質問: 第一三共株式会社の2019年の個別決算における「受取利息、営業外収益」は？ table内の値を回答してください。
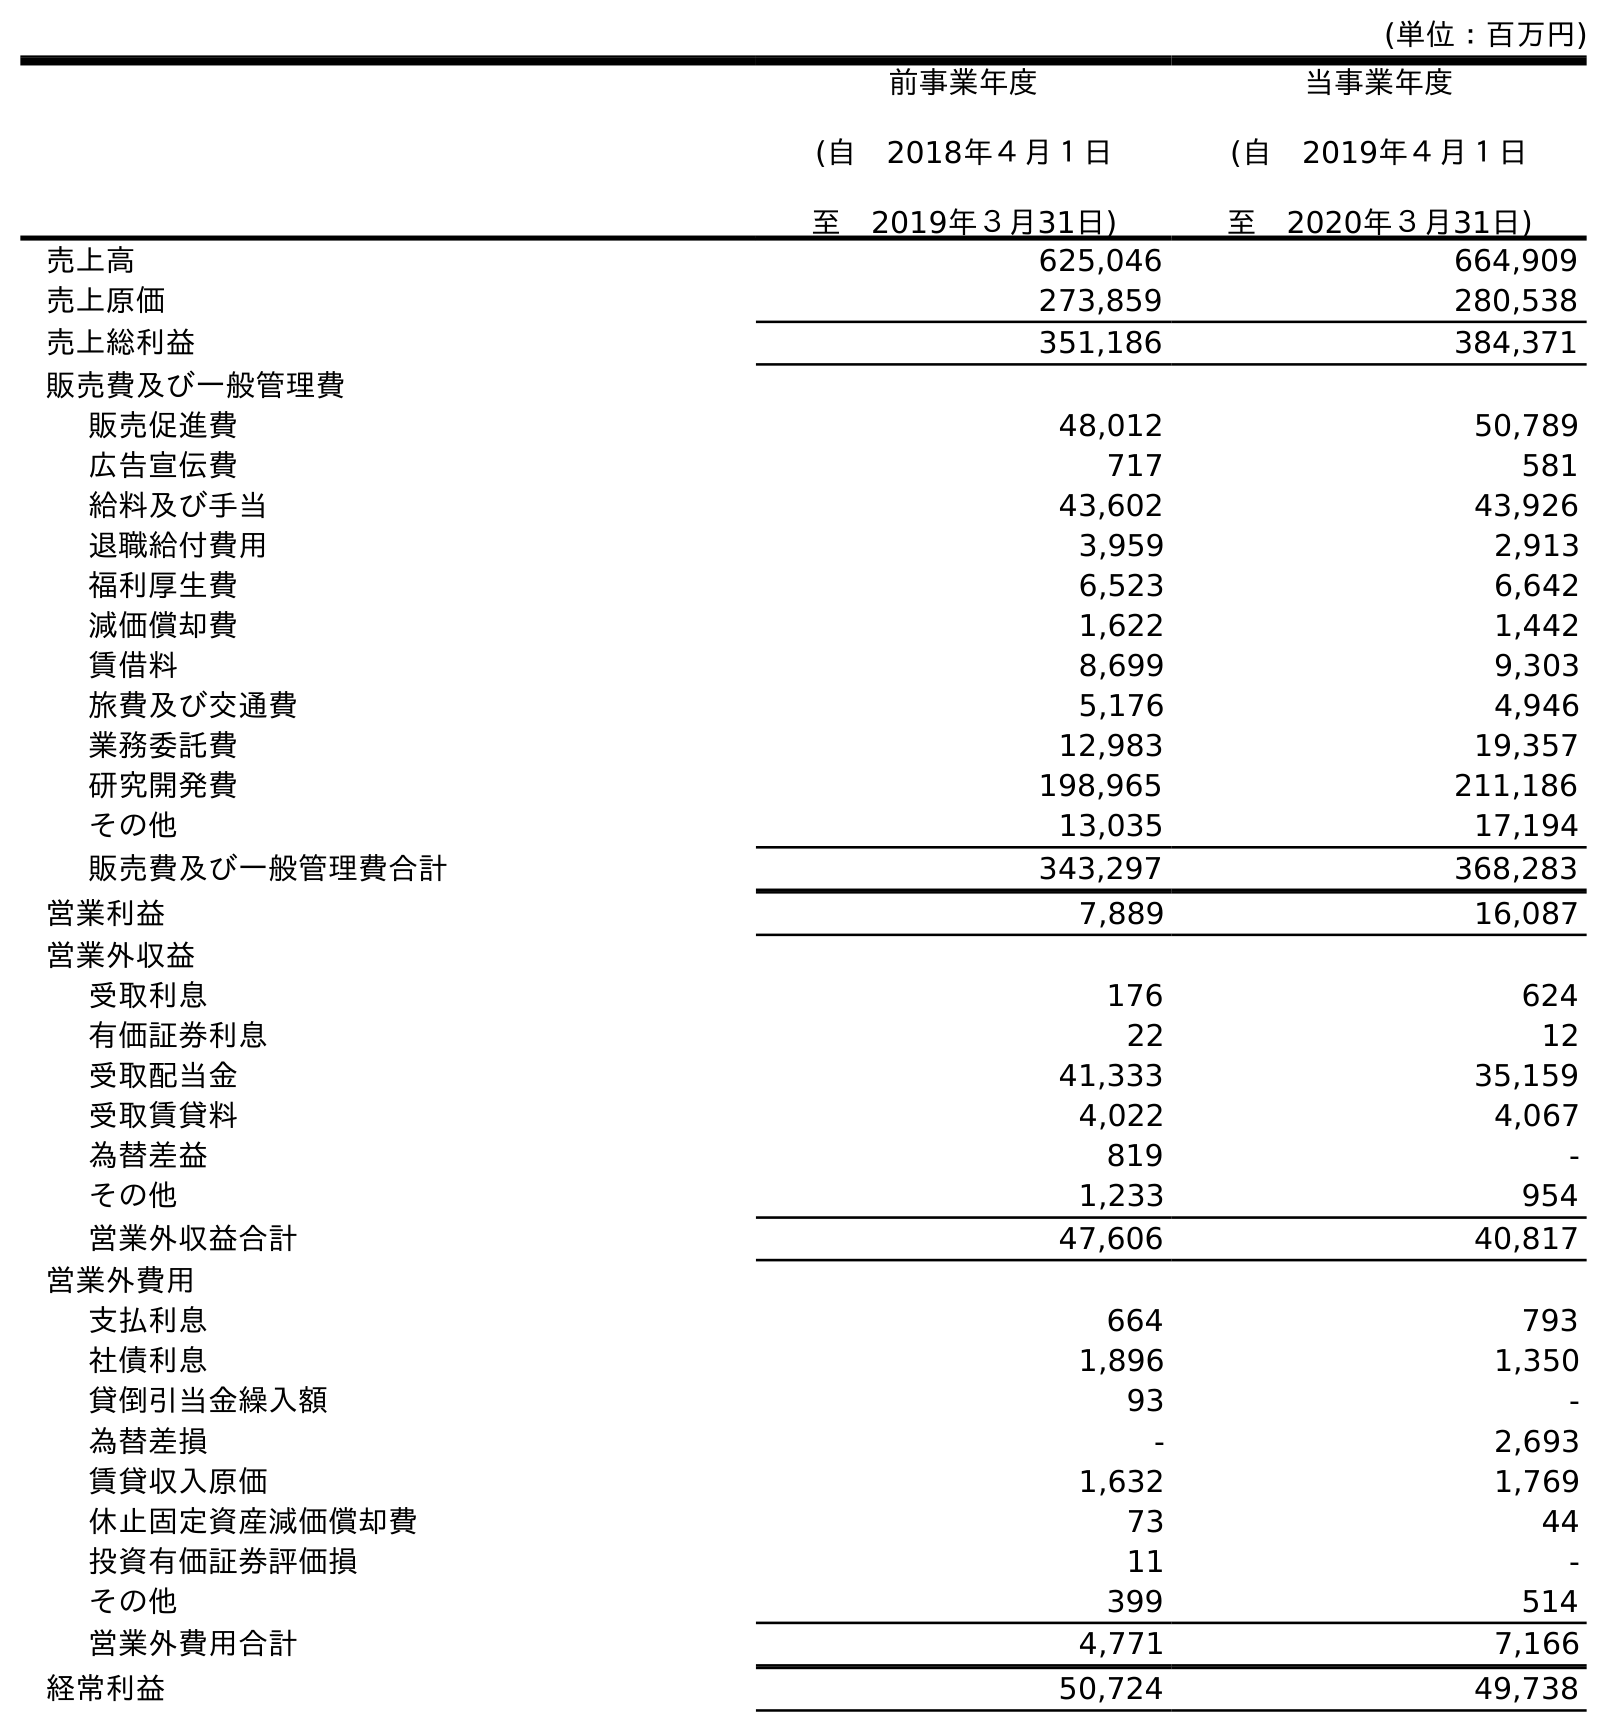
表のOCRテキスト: (単位：百万円) 前事業年度 (自 2018年４月１日 至 2019年３月31日) 当事業年度 (自 2019年４月１日 至 2020年３月31日) 売上高 625,046 664,909 売上原価 273,859 280,538 売上総利益 351,186 384,371 販売費及び一般管理費 販売促進費 48,012 50,789 広告宣伝費 717 581 給料及び手当 43,602 43,926 退職給付費用 3,959 2,913 福利厚生費 6,523 6,642 減価償却費 1,622 1,442 賃借料 8,699 9,303 旅費及び交通費 5,176 4,946 業務委託費 12,983 19,357 研究開発費 198,965 211,186 その他 13,035 17,194 販売費及び一般管理費合計 343,297 368,283 営業利益 7,889 16,087 営業外収益 受取利息 176 624 有価証券利息 22 12 受取配当金 41,333 35,159 受取賃貸料 4,022 4,067 為替差益 819 - その他 1,233 954 営業外収益合計 47,606 40,817 営業外費用 支払利息 664 793 社債利息 1,896 1,350 貸倒引当金繰入額 93 - 為替差損 - 2,693 賃貸収入原価 1,632 1,769 休止固定資産減価償却費 73 44 投資有価証券評価損 11 - その他 399 514 営業外費用合計 4,771 7,166 経常利益 50,724 49,738
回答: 176